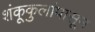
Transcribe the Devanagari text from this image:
शंकूकुलांपासून